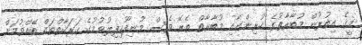
މީގެ އިތުރުން މުބާރާތުގެ ކުރިންނާއި މުބާރާތް ތެރޭ ވެސް މުނިފޫހިފިލުވުމުގެ ހަރަކާތްތައް ބޭއްވުމަށް